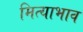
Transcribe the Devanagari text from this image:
मित्याभाव